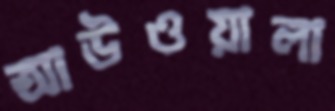
আউওয়ালা